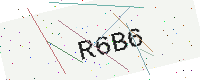
Text: R6B6